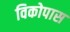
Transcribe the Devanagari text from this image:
विकोपास